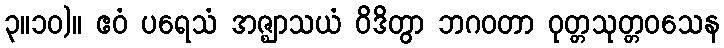
၃။၁၀)။ ဧဝံ ပရေသံ အဇ္ဈာသယံ ဝိဒိတွာ ဘဂဝတာ ဝုတ္တသုတ္တဝသေန